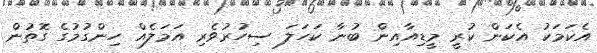
އެކަމަކު އެކަން ކުރީ މީޑިއާއިން ބުނާ ކަހަލަ ސިހުރުވެރި އަމަލެއް ހިންގުމުގެ ގޮތުން